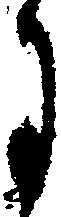
月